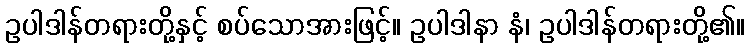
ဥပါဒါန်တရားတို့နှင့် စပ်သောအားဖြင့်။ ဥပါဒါနာ နံ၊ ဥပါဒါန်တရားတို့၏။